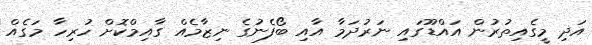
އަދި މީގެއިތުރުން އައްޑޫގައި ނަރުދަމާ އާއި ބޯފެނުގެ ނިޒާމެއް ގާއިމްކޮށް ހުރިހާ މަގެއް